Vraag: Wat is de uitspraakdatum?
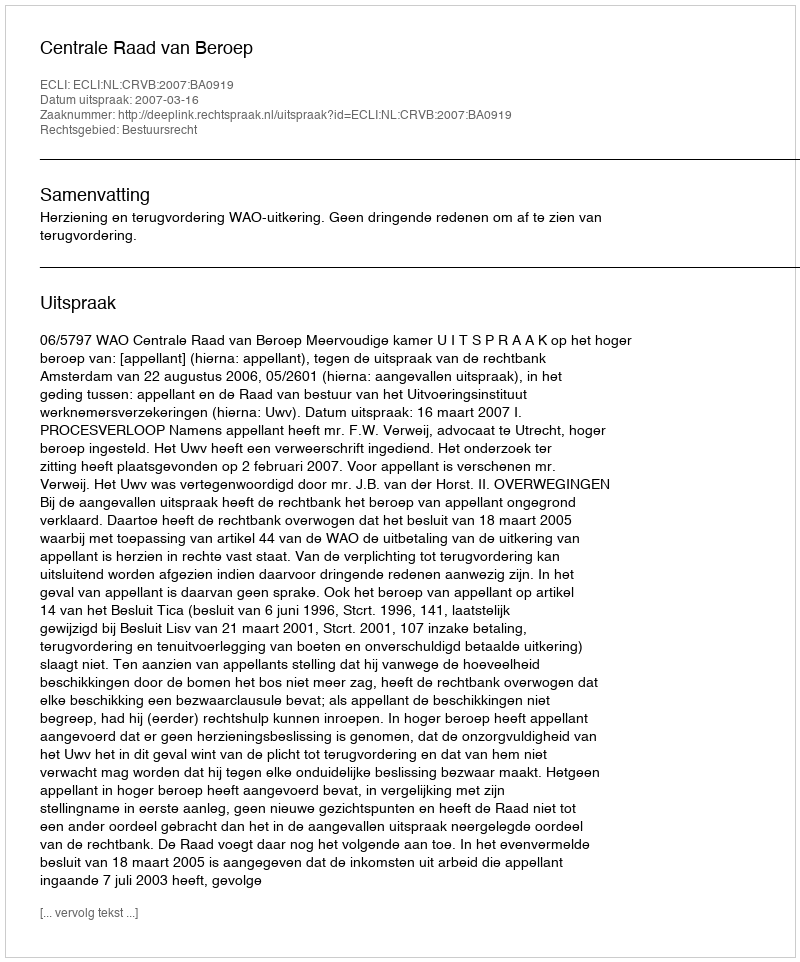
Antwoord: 2007-03-16